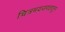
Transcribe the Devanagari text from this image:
चित्रमयजगतातून